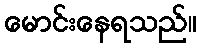
မောင်းနေရသည်။